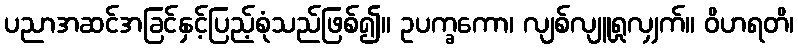
ပညာအဆင်အခြင်နှင့်ပြည့်စုံသည်ဖြစ်၍။ ဥပက္ခကော၊ လျစ်လျူရှုလျှက်။ ဝိဟရတိ၊